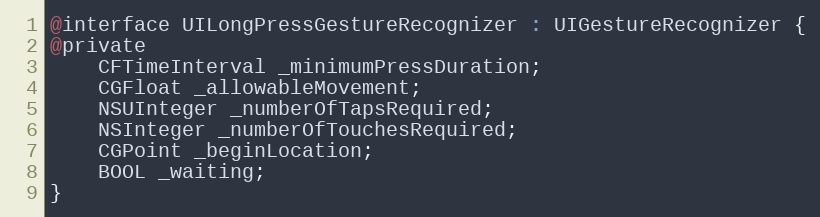
Language: C
@interface UILongPressGestureRecognizer : UIGestureRecognizer {
@private
    CFTimeInterval _minimumPressDuration;
    CGFloat _allowableMovement;
    NSUInteger _numberOfTapsRequired;
    NSInteger _numberOfTouchesRequired;
    CGPoint _beginLocation;
    BOOL _waiting;
}